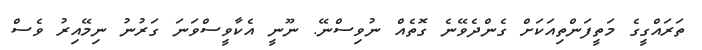
ތަރައްގީގެ މަތީފަންތިއަކަށް ގެންދެވޭނެ ގޮތެއް ނުވިސްނޭ. ނޫނީ އެކާވީސްވަނަ ގަރުނު ނިމޭއިރު ވެސް